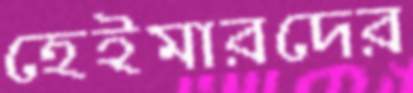
হেইমারদের